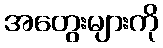
အတွေးများကို